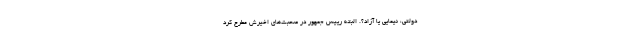
دولتی، نیمایی یا آزاد؟. البته رییس جمهور در صحبت‌های اخیرش مطرح کرد